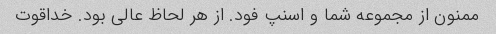
ممنون از مجموعه شما و اسنپ فود. از هر لحاظ عالی بود. خداقوت